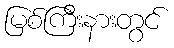
မြစ်ကြီးနားတွင်